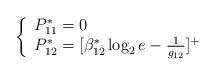
LaTeX: \begin{align*}\left\{\begin{array}{ll}P_{11}^*=0\\P_{12}^*=[\beta_{12}^*\log_2e-\frac{1}{g_{12}}]^+\\\end{array}\right.\end{align*}